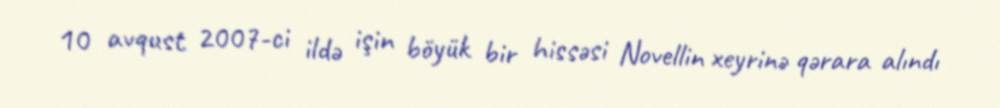
10 avqust 2007-ci ildə işin böyük bir hissəsi Novellin xeyrinə qərara alındı